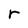
Character: r